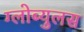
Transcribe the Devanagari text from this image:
ग्लोब्युलस